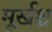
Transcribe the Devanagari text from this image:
मूर्खश्च